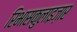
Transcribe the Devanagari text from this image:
रिभासकुलाइज़ार